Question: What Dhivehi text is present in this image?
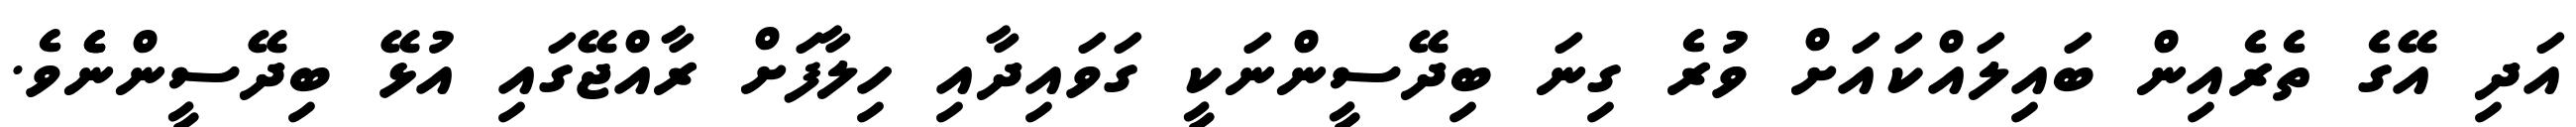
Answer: އަދި އޭގެ ތެރެއިން ބައިލައްކައަށް ވުރެ ގިނަ ބިދޭސީންނަކީ ގަވައިދާއި ހިލާފަށް ރާއްޖޭގައި އުޅޭ ބިދޭސީންނެެވެ.